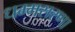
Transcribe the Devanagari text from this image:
धम्मसरणा